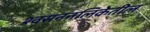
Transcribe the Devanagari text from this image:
श्वसननलिकेतील